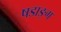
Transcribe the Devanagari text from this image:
षडाङ्ग